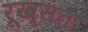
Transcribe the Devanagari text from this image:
रूख्सत